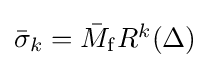
\textstyle {\bar {\sigma }}_{k}={\bar {M}}_{\mathrm {f} }R^{k}(\Delta )